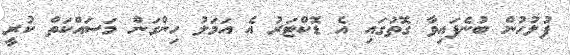
ފުލުހުން ބުނެފައިވާ ގޮތުގައި އެ ޑޮކްޓަރު އެ އަމަލު ހިންގަން މަސައްކަތް ކުރީ